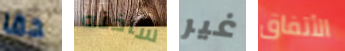
حقا ساخنه غير الأتفاق